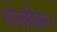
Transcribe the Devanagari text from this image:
सोनकीकर।